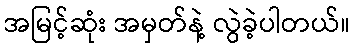
အမြင့်ဆုံး အမှတ်နဲ့ လွဲခဲ့ပါတယ်။